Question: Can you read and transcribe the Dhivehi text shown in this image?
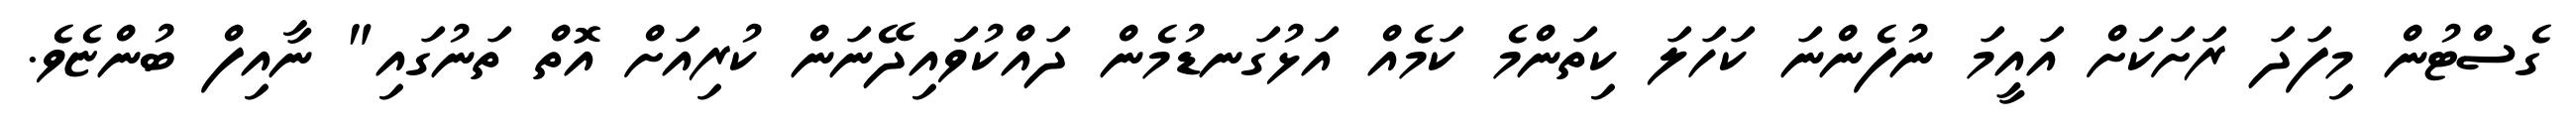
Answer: ގެސްޓުން މިފަދަ ރަށަކަށް އައީމަ ނުފެންނަ ކަހަލަ ކިތަންމެ ކަމެއް އަޅުގަނޑުމެން ދައްކުވައިދޭނަން ކުރިއަށް އޮތް ތަނުގައި" ނާއިފް ބުންޏެވެ.